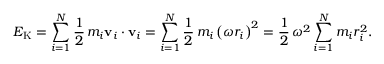
E _ { \mathrm { K } } = \sum _ { i = 1 } ^ { N } { \frac { 1 } { 2 } } \, m _ { i } \mathbf { v } _ { i } \cdot \mathbf { v } _ { i } = \sum _ { i = 1 } ^ { N } { \frac { 1 } { 2 } } \, m _ { i } \left( \omega r _ { i } \right) ^ { 2 } = { \frac { 1 } { 2 } } \, \omega ^ { 2 } \sum _ { i = 1 } ^ { N } m _ { i } r _ { i } ^ { 2 } .